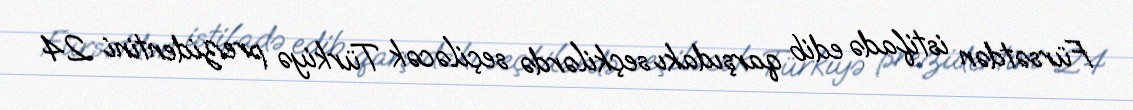
Fürsətdən istifadə edib qarşıdakı seçkilərdə seçiləcək Türkiyə prezidentini 24